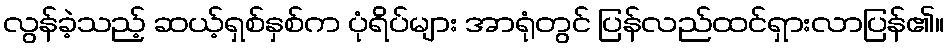
လွန်ခဲ့သည့် ဆယ့်ရှစ်နှစ်က ပုံရိပ်များ အာရုံတွင် ပြန်လည်ထင်ရှားလာပြန်၏။